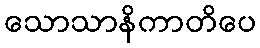
သောသာနိကာတိပေ